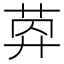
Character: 𦯛